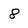
Character: 8